Civil Veterinary Dept. North-West Frontier Province 1901-22 - 1901-1922
Year: 1901
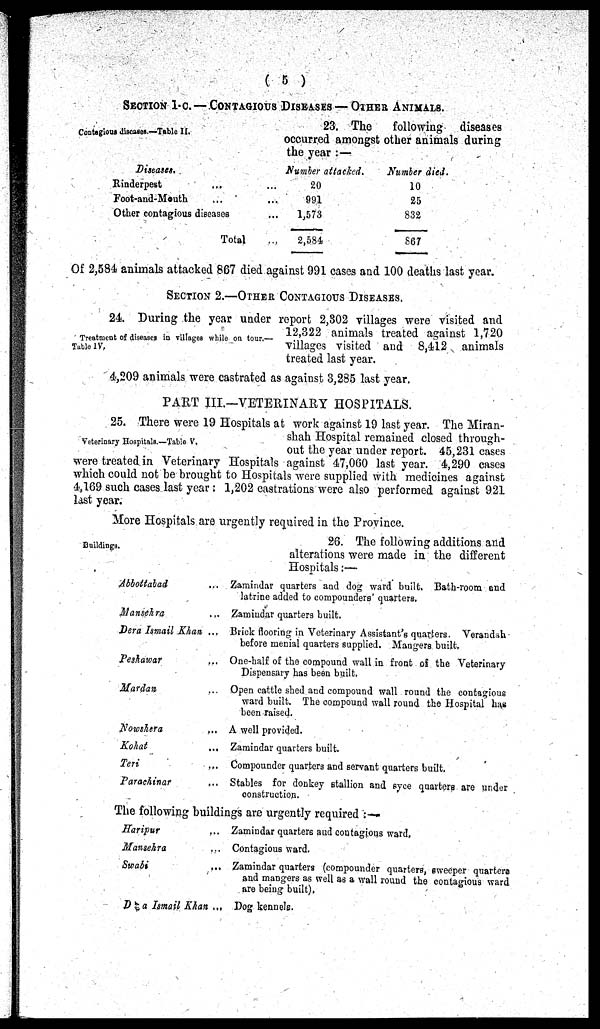
(5)
SECTION 1-C.— CONTAGIOUS DISESEASES - OTHER ANIMALS.
Contagious diseases.—Table II.
23. The
following
diseases
occurred amongst other animals during
the year:—
Diseases.
Rinderpest ...
Foot-and-Mouth ...
Other contagious diseases
Total
...
...
...
...
Number attacked.
20
991
1,573
2,584
Number died.
10
25
832
867
Of 2,584 animals attacked 867 died against 991 cases and 100 deaths last year.
SECTION 2.—OTHER CONTAGIOUS DISEASES.
Treatment of diseases in villages while on tour.—
Table IV.
24. During the year under report 2,302 villages were visited and
12,322 animals treated against 1,720
villages visited and 8,412 animals
treated last year.
4,209 animals were castrated as against 3,285 last year.
PART III.—VETERINARY HOSPITALS.
Veterinary Hospitals.—Table V.
25. There were 19 Hospitals at work against 19 last year. The Miran-
shah Hospital remained closed through-
out the year under report. 45,231 cases
were treated in Veterinary Hospitals against 47,060 last year. 4,290 cases
which could not be brought to Hospitals were supplied with medicines against
4,169 such cases last year: 1,202 castrations were also performed against 921
last year.
More Hospitals are urgently required in the Province.
Buildings.
26. The following additions and
alterations were made in the different
Hospitals:—
Abbottabad ...
Mansehra ...
Dera Ismail Khan ...
Peshawar ...
Mardan ...
Nowshera ...
Kohat ...
Teri ...
Parachinar ...
Zamindar quarters and dog ward built. Bath-room and
latrine added to compounders' quarters.
Zamindar quarters built.
Brick flooring in Veterinary Assistant's quarters. Verandsh
before menial quarters supplied. Mangers built.
One-half of the compound wall in front of the Veterinary
Dispensary has been built.
Open cattle shed and compound wall round the contagious
ward built. The compound wall round the Hospital has
been raised.
A well provided.
Zamindar quarters built.
Compounder quarters and servant quarters built.
Stables for donkey stallion and syce quarters are under
construction.
The following buildings are urgently
required:-
Haripur ...
Mansehra ...
Swabi ...
Dera Ismail Khan ...
Zamindar quarters and coutagious ward.
Contagious ward.
Zamindar quarters (compounder quarters, sweeper quarters
and mangers as well as a wall round the contagious ward
are being built).
Dog kennele.